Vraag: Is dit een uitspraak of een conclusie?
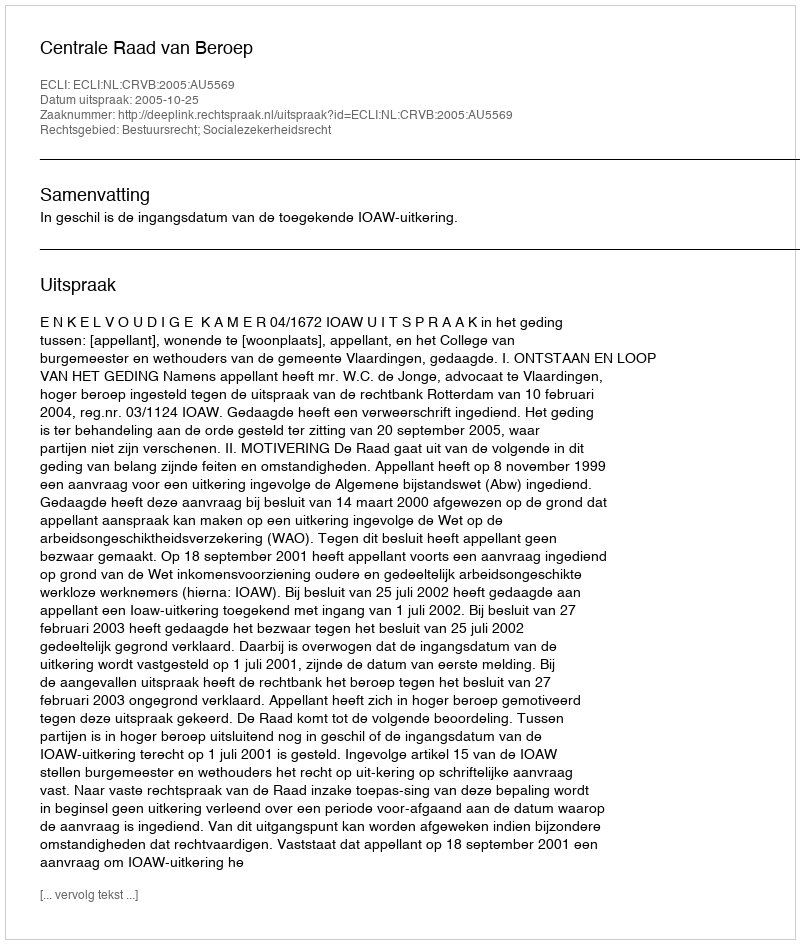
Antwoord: Uitspraak